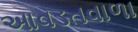
આવડતવાળા